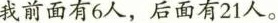
我前面有6人，后面有21人。